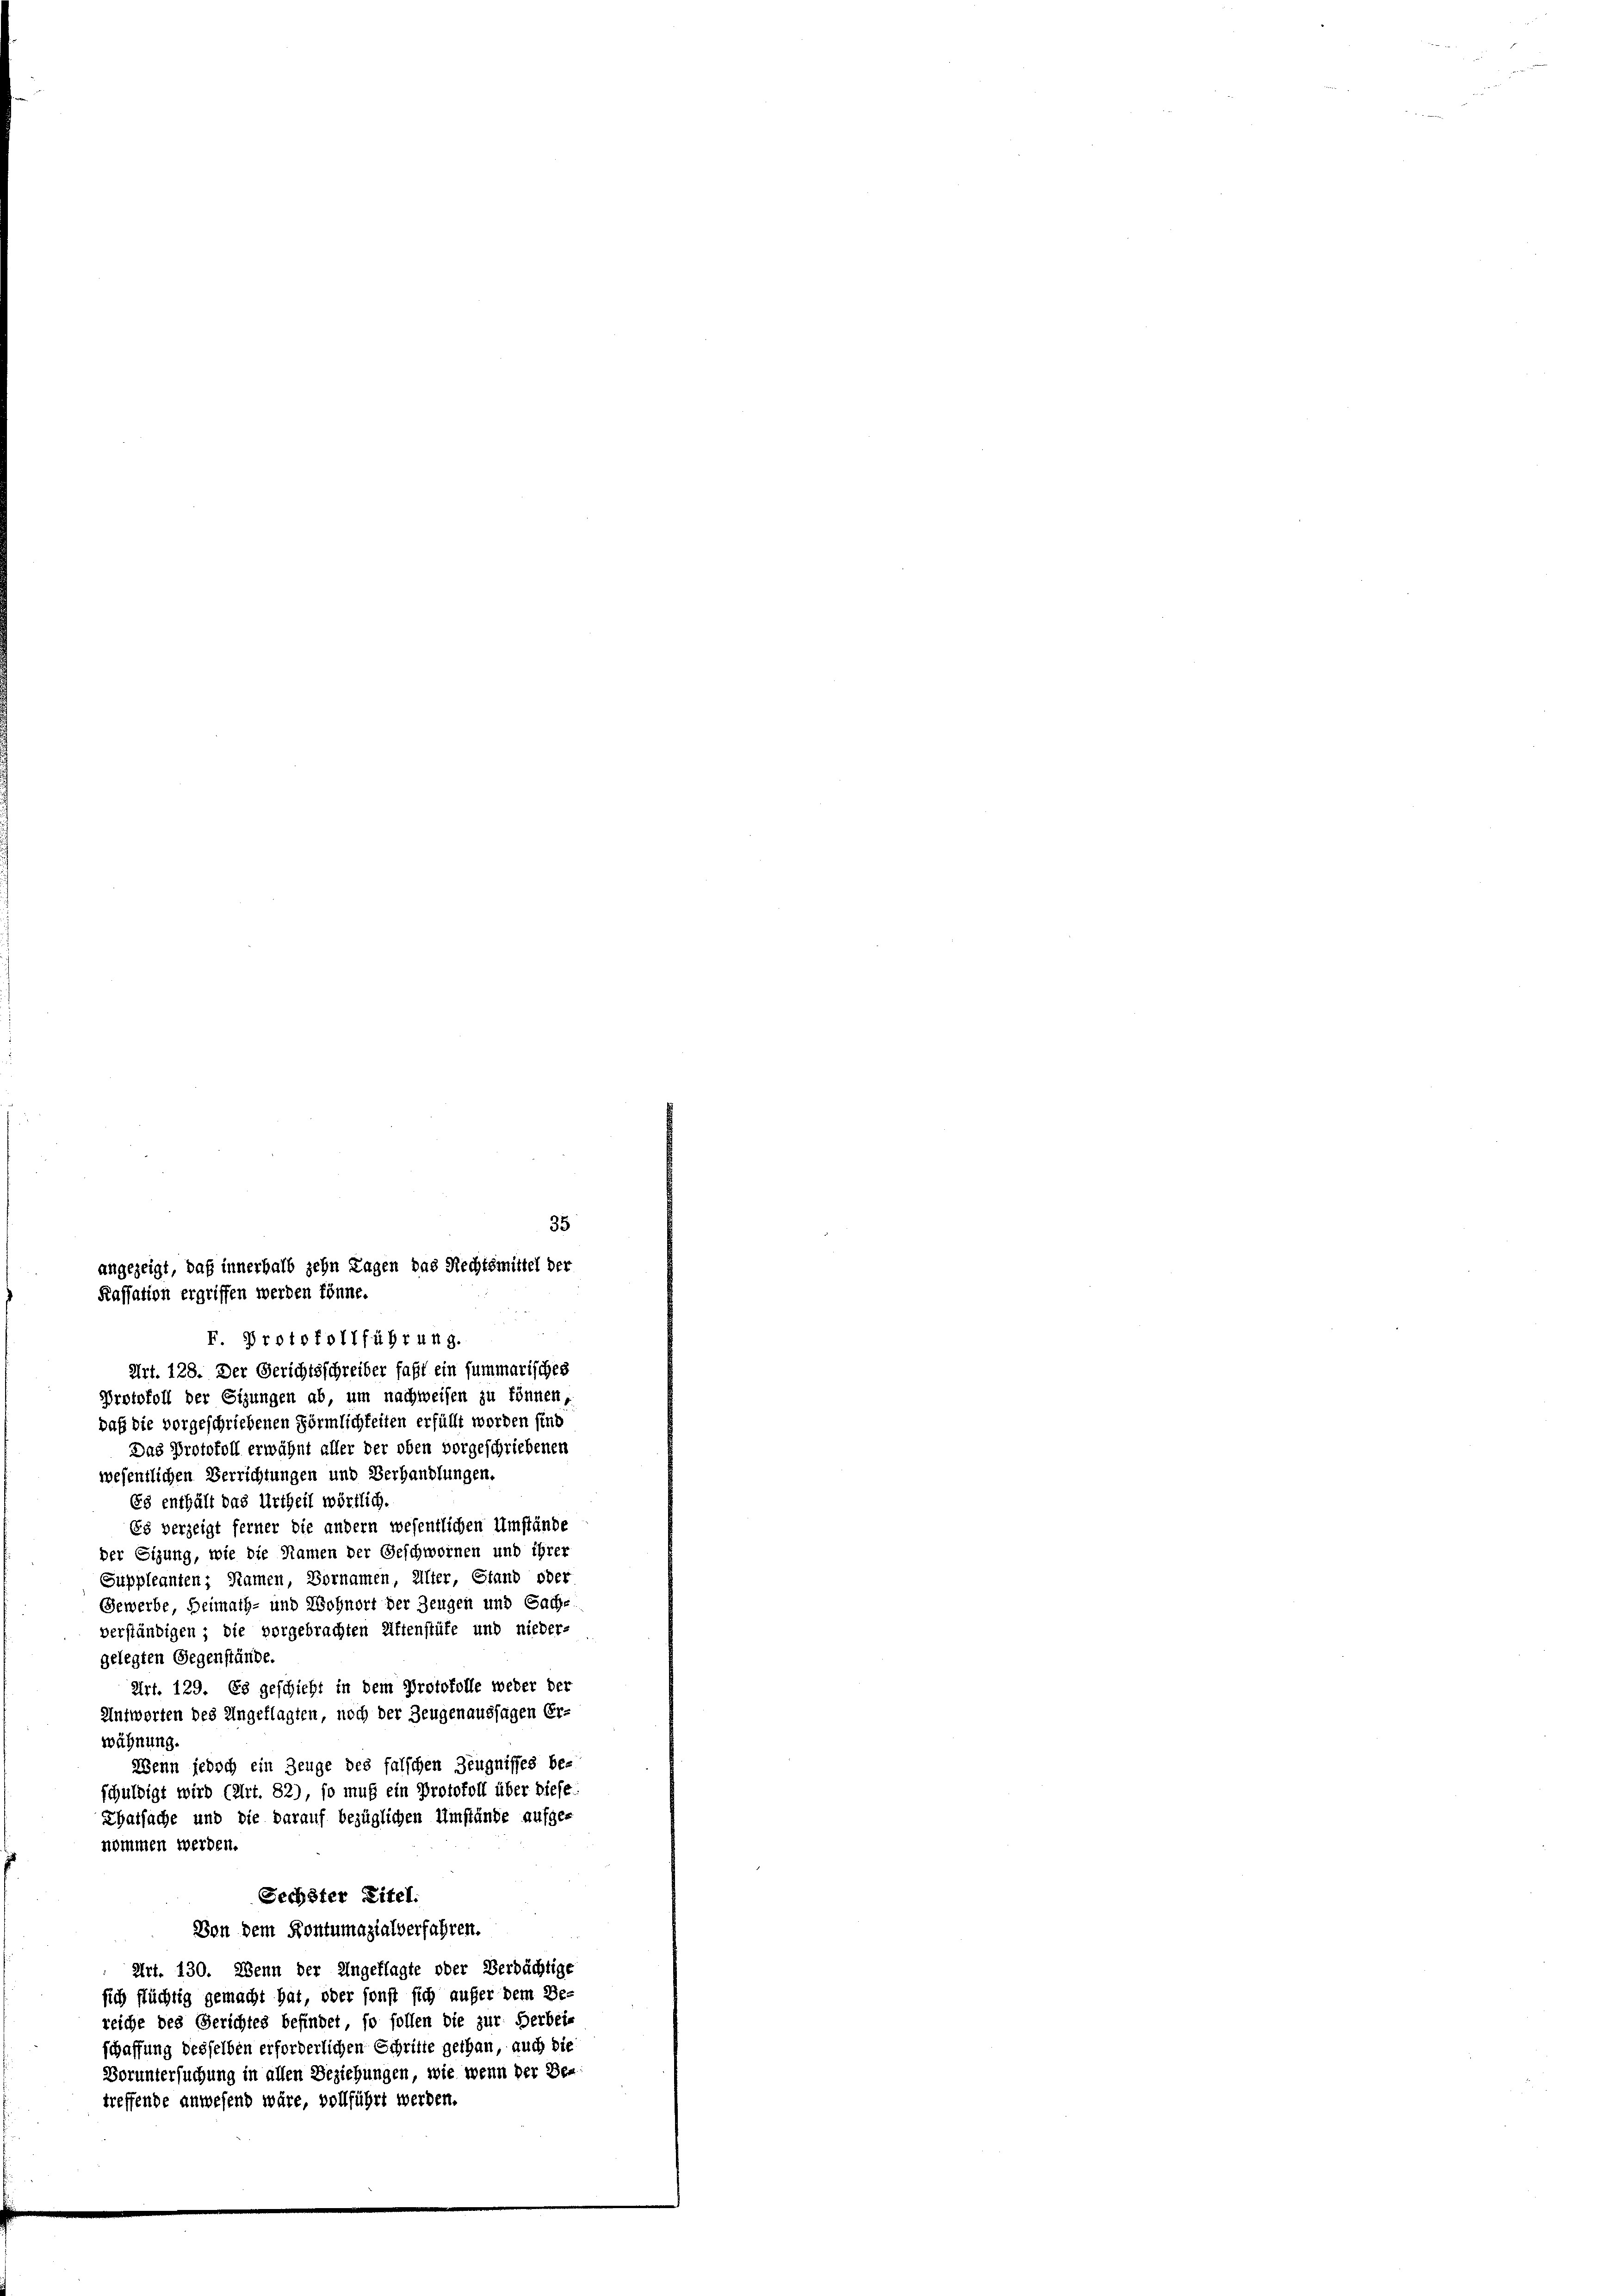
Art. 128. Der Gerichtsschreiber fast ein summarisches
Protokoll der Sizungen ab, um nachweisen zu können,
daß die vorgeschriebenen Förmlichkeiten erfüllt worden sind
Das Protokoll erwähnt aller der oben vorgeschriebenen
wesentlichen Verrichtungen und Verhandlungen.
Es enthält das Urtheil wörtlich.
Es verzeigt ferner die andern wesentlichen Umstände
der Eizung, wie die Namen der Geschwornen und ihrer
Suppleanten; Namen, Bornamen, Alter, Stand oder
Gewerbe Heimath- und Wohnort der Zeugen und Sache
verständigen; die vorgebrachten Affenstüfe und nieder-
gelegten Gegenstände.
Art. 129. Es geschieht in dem Protokolle weder der
Antworten des Angeklagten, noch der Zeugenaussagen Er-
wähnung.
Wenn jedoch ein Zeuge des falschen Zeugnisses be-
schuldigt wird (Art. 82), so muß ein Protokoll über diese
Thatsache und die darauf bezüglichen Umstände aufge-
nommen werden.
Sechster Eitel:
Von dem Kontumazialverfahren.
Art. 130. Wenn der Ungeflagte oder Verdächtige
sich flüchtig gemacht hat, oder sonst sich aufer dem Be-
reiche des Gerichtes befindet, so sollen die zur Herbei-
schaffung desselben erforderlichen Schritte gethan, auch die
Voruntersuchung in allen Beziehungen, wie wenn der Be-
treffende anwesend wäre, vollführt werden.

35
angezeigt, daß innerhalb zehn Tagen das Rechtsmittel der
Kassation ergriffen werden könne.
E Protokollführung.